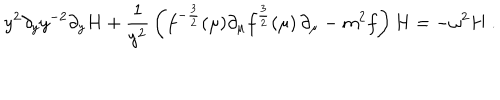
y ^ { 2 } \partial _ { y } y ^ { - 2 } \partial _ { y } H + { \frac { 1 } { y ^ { 2 } } } \left( f ^ { - { \frac { 3 } { 2 } } } ( \mu ) \partial _ { \mu } f ^ { { \frac { 3 } { 2 } } } ( \mu ) \, \partial _ { \mu } - m ^ { 2 } f \right) H = - \omega ^ { 2 } H \ .